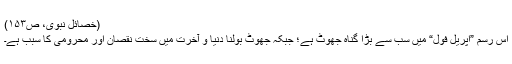
(خصائل نبوی، ص۱۵۳)
اس رسم ”اپریل فول“ میں سب سے بڑا گناہ جھوٹ ہے؛ جبکہ جھوٹ بولنا دنیا و آخرت میں سخت نقصان اور محرومی کا سبب ہے۔